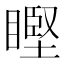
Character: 𥉸